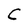
Character: C